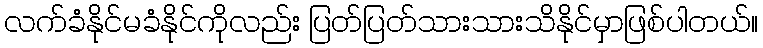
လက်ခံနိုင်မခံနိုင်ကိုလည်း ပြတ်ပြတ်သားသားသိနိုင်မှာဖြစ်ပါတယ်။